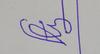
Signature authenticity: forged